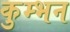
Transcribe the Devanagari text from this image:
कुम्भन